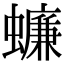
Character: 蠊